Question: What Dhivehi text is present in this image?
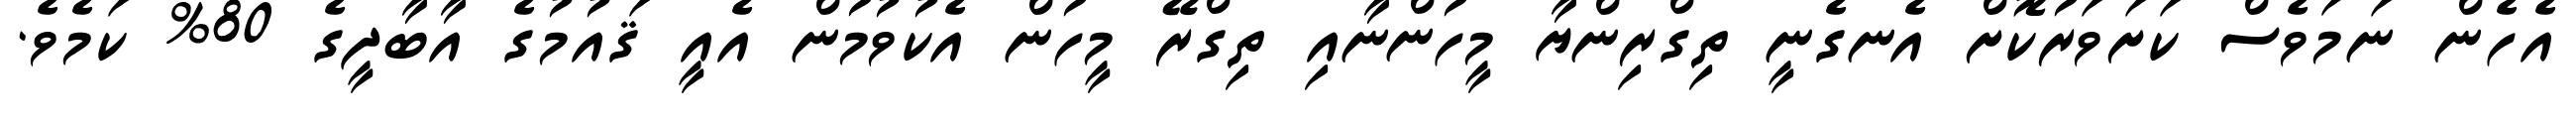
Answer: އެހެން ނަމަވެސް ކަށަވަރުކޮށް އެނގެނީ ތިގްރިންޔާ މީހުންނާއި ތިގްރޭ މީހުން އެކުވުމުން އެއީ ޤައުމުގެ އާބާދީގެ 80% ކަމެވެ.